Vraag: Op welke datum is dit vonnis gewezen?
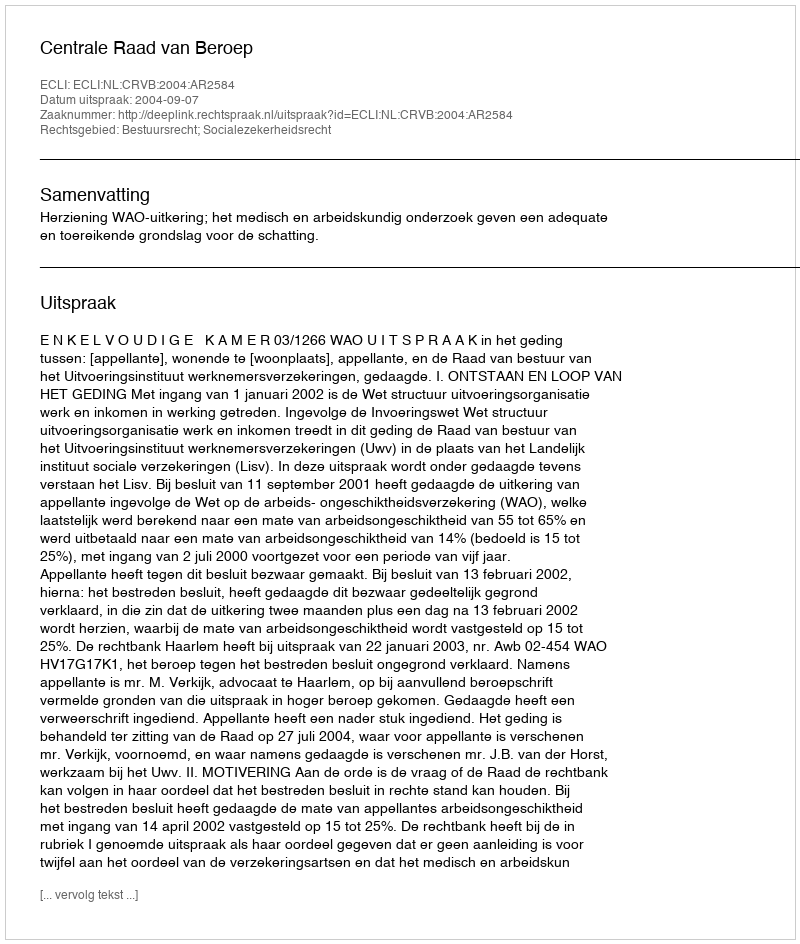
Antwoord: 2004-09-07